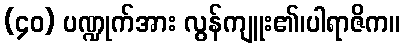
(၄၀) ပဏ္ဍုက်အား လွန်ကျူး၏၊ပါရာဇိက။